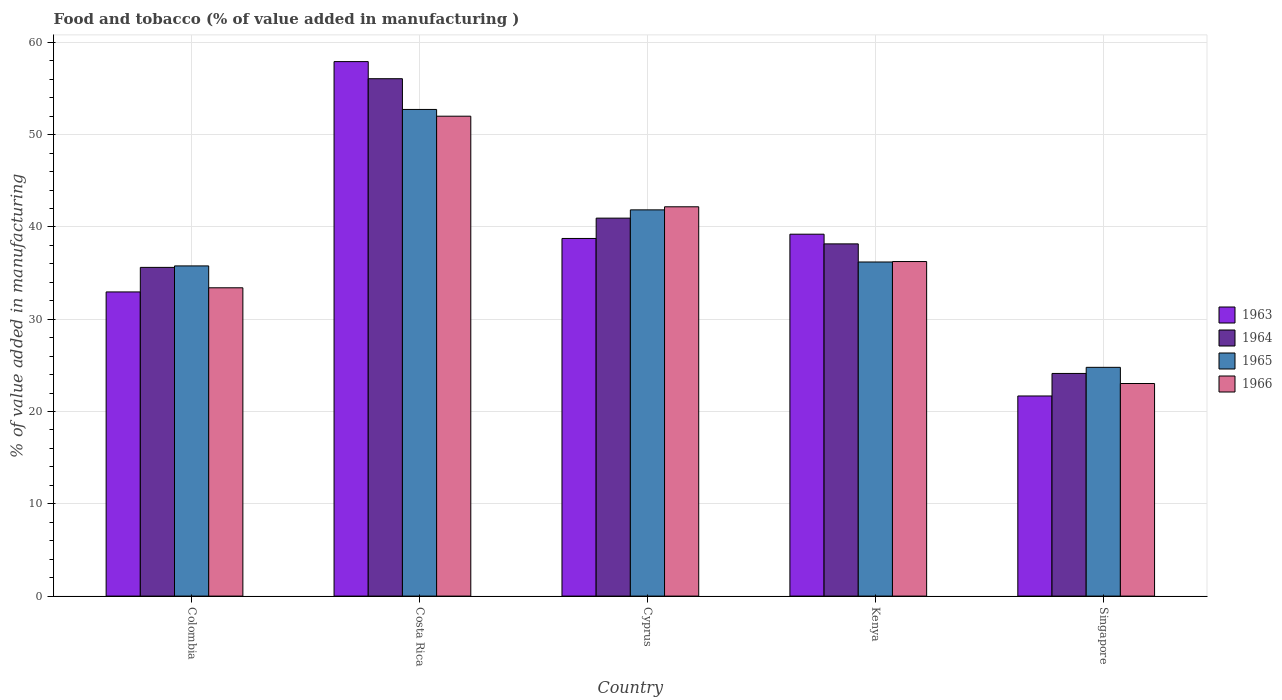
| Country | 1963 | 1964 | 1965 | 1966 |
 | --- | --- | --- | --- | --- |
 | Colombia | 33 | 35.6 | 35.8 | 33.4 |
 | Costa Rica | 57.9 | 56.1 | 52.7 | 52 |
 | Cyprus | 38.8 | 41 | 41.9 | 42.2 |
 | Kenya | 39.2 | 38.2 | 36.2 | 36.3 |
 | Singapore | 21.7 | 24.1 | 24.8 | 23 |